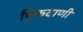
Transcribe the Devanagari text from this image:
पिकदाणी